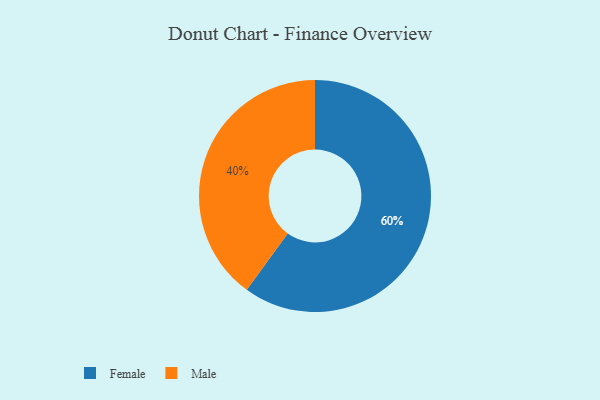
{"axis": {"x": "Category", "y": "Percentage"}, "legend": ["Female", "Male"], "data": [{"x": "Male", "y": 40, "type": "Male"}, {"x": "Female", "y": 60, "type": "Female"}]}